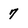
Character: 7